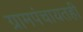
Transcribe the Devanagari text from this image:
ग्रामपंचायतही